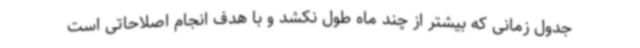
جدول زمانی که بیشتر از چند ماه طول نکشد و با هدف انجام اصلاحاتی است